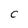
Character: C